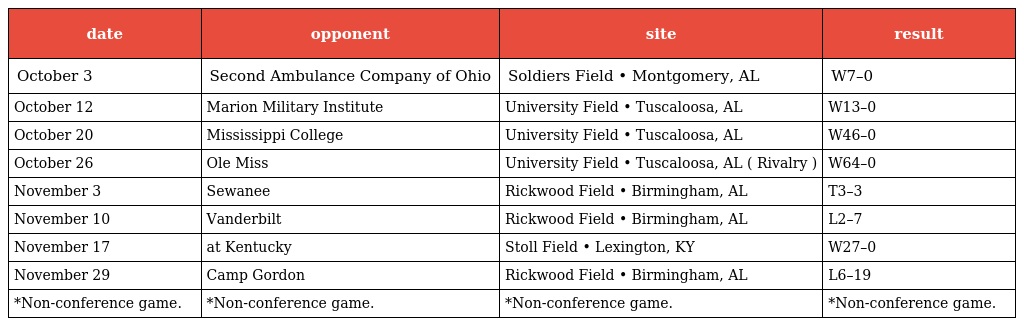
| date | opponent | site | result |
 | --- | --- | --- | --- |
 | October 3 | Second Ambulance Company of Ohio | Soldiers Field • Montgomery, AL | W7–0 |
 | October 12 | Marion Military Institute | University Field • Tuscaloosa, AL | W13–0 |
 | October 20 | Mississippi College | University Field • Tuscaloosa, AL | W46–0 |
 | October 26 | Ole Miss | University Field • Tuscaloosa, AL ( Rivalry ) | W64–0 |
 | November 3 | Sewanee | Rickwood Field • Birmingham, AL | T3–3 |
 | November 10 | Vanderbilt | Rickwood Field • Birmingham, AL | L2–7 |
 | November 17 | at Kentucky | Stoll Field • Lexington, KY | W27–0 |
 | November 29 | Camp Gordon | Rickwood Field • Birmingham, AL | L6–19 |
 | *Non-conference game. | *Non-conference game. | *Non-conference game. | *Non-conference game. |